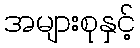
အများစုနှင့်